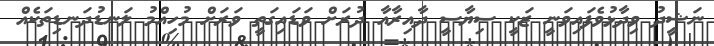
ނަޝީދު ވިދާޅުވެފައިވަނީ ޒަކީ ސިޔާސީ ދާއިރާއާ ދުރަށް ވަޑައިގަތީ ވަރަށް މުހިއްމު ލަނޑުދަނޑިތަކެއް